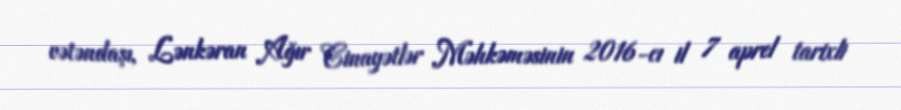
vətəndaşı, Lənkəran Ağır Cinayətlər Məhkəməsinin 2016-cı il 7 aprel tarixli